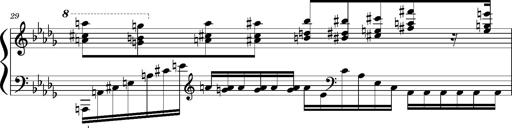
Title: Concerto sans orchestre, S.524a
Composer: Franz Liszt
Key: A major